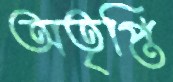
অতৃপ্তি